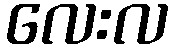
လေးလ